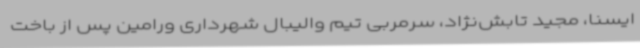
ایسنا، مجید تابش‌نژاد، سرمربی تیم‌ والیبال شهرداری ورامین پس از باخت